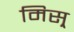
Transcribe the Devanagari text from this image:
मिस्र्